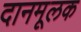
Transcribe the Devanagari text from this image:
दानमूलक